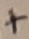
Text: +